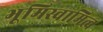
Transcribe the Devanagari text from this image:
भूमिस्वामित्व